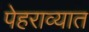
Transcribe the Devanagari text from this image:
पेहराव्यात